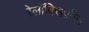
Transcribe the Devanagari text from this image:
रेलॉक्सिफ़ीन